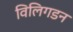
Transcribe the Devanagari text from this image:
विलिगडन